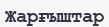
Жарғыштар